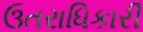
ઉતરાધિકારી